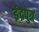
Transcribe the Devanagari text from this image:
इंद्रपुत्र